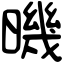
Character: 𣊉